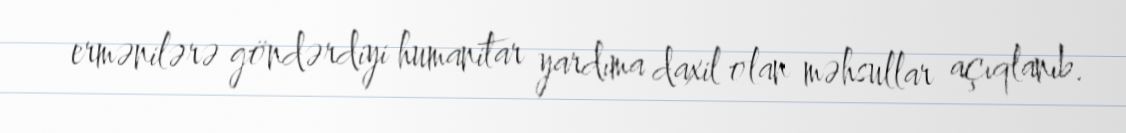
ermənilərə göndərdiyi humanitar yardıma daxil olan məhsullar açıqlanıb.